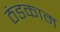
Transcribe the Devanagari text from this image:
ठंडकाम